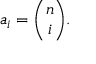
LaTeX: a _ { i } = { \binom { n } { i } } .